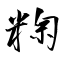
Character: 粷